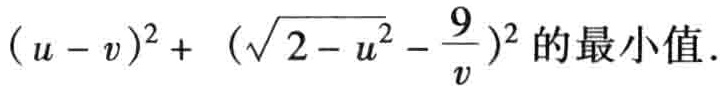
\((u - v)^{2}+ (\sqrt{2 - u^{2}} - \frac{9}{v})^{2}\) 的最小值.